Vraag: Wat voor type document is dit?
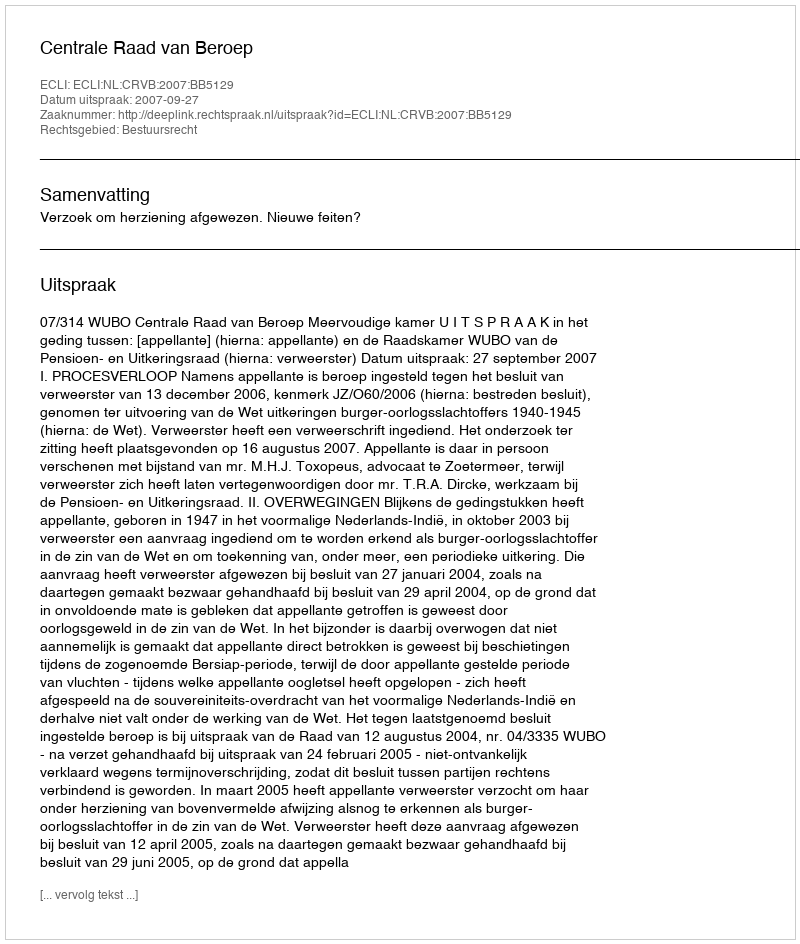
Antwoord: Uitspraak